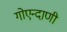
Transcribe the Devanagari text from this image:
गोएन्दाणी